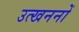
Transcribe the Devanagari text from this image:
उत्‍खननों